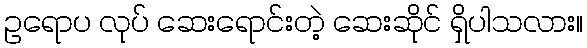
ဥရောပ လုပ် ဆေးရောင်းတဲ့ ဆေးဆိုင် ရှိပါသလား။